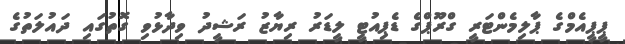
ޕީޕީއެމްގެ ޕާލިމެންޓަރީ ގްރޫޕްގެ ޑެޕިއުޓީ ލީޑަރު ރިޔާޒު ރަޝީދު ވިދާޅުވި ގޮތުގައި ދައުލަތުގެ